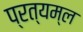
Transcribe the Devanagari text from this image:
प्रत्यम्ल